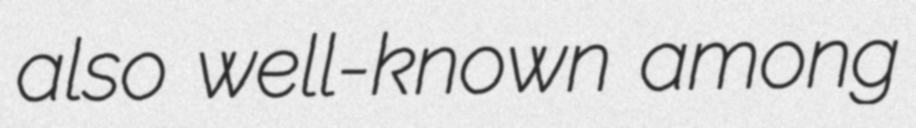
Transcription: also well-known among